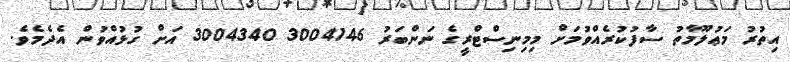
އިތުރު މަޢުލޫމާތު ސާފުކުރެއްވުމަށް މިމިނިސްޓްރީގެ ނަންބަރު 3004146 3004340 އަށް ގުޅުއްވުން އެދެމެވެ.